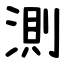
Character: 測